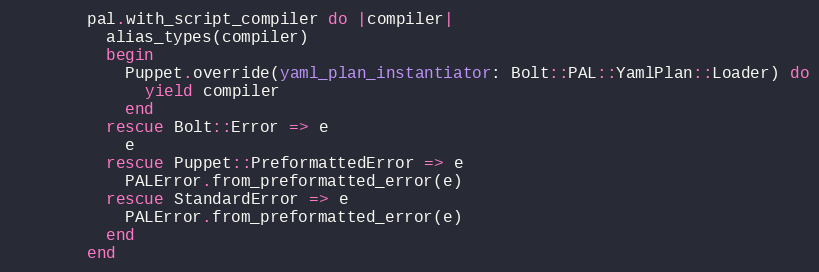
Language: Ruby
        pal.with_script_compiler do |compiler|
          alias_types(compiler)
          begin
            Puppet.override(yaml_plan_instantiator: Bolt::PAL::YamlPlan::Loader) do
              yield compiler
            end
          rescue Bolt::Error => e
            e
          rescue Puppet::PreformattedError => e
            PALError.from_preformatted_error(e)
          rescue StandardError => e
            PALError.from_preformatted_error(e)
          end
        end